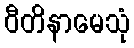
ဝီတိနာမေသုံ